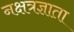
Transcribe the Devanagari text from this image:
नक्षत्रज्ञाता